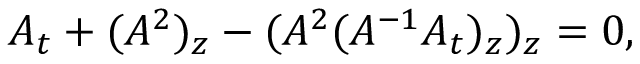
A _ { t } + ( A ^ { 2 } ) _ { z } - ( A ^ { 2 } ( A ^ { - 1 } A _ { t } ) _ { z } ) _ { z } = 0 ,